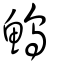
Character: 鰞